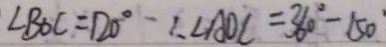
\angle B O C = 1 2 0 ^ { \circ } - 1 . \angle A O C = 3 6 0 ^ { \circ } - 1 5 0 ^ { \circ }